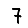
Digit: 7